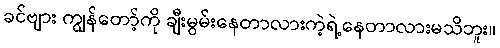
ခင်ဗျား ကျွန်တော့်ကို ချီးမွမ်းနေတာလားကဲ့ရဲ့နေတာလားမသိဘူး။